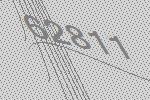
62811